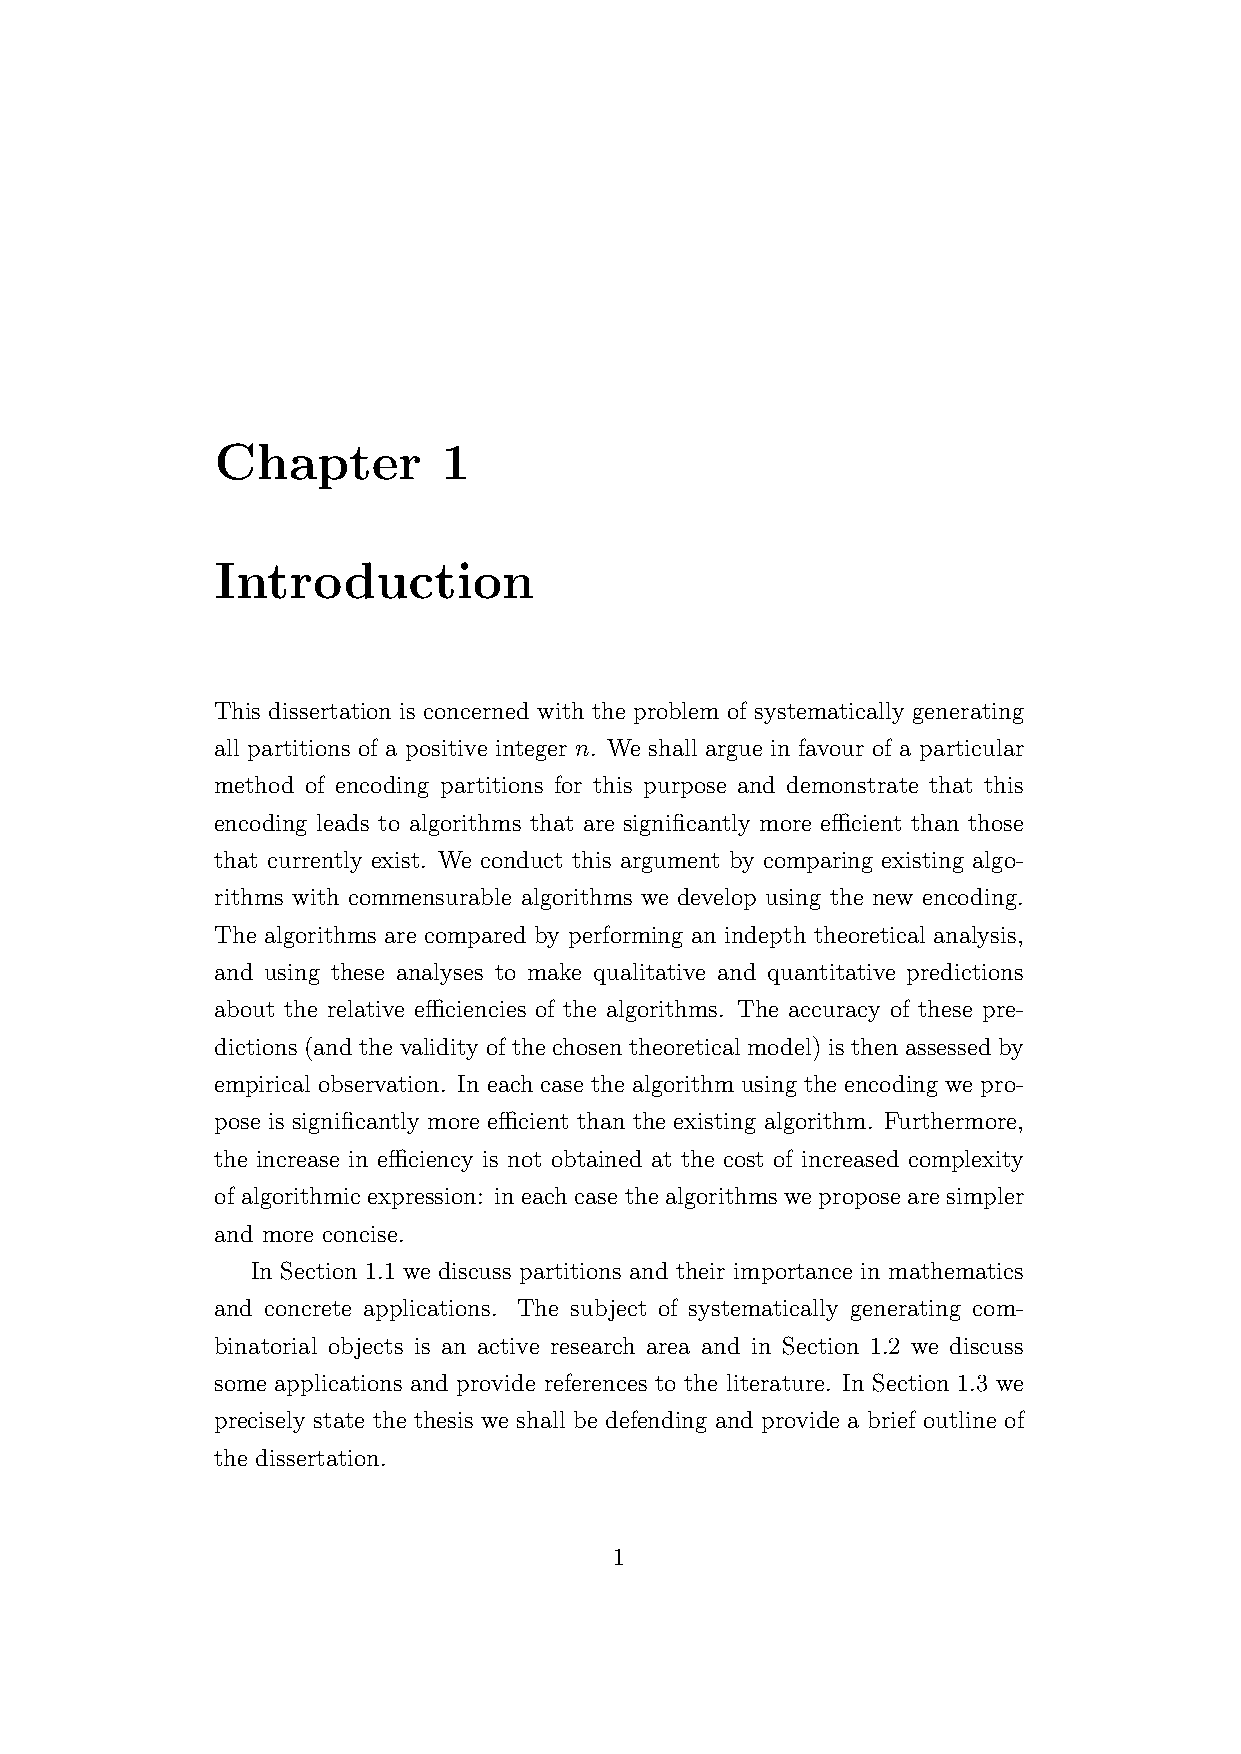
Chapter        1
 Introduction
 This dissertation is concerned with the problem of systematically generating
 all partitions of a positive integer n. We shall argue in favour of a particular
 method of encoding partitions for this purpose and demonstrate that this
 encoding leads to algorithms that are significantly more efficient than those
 that currently exist. We conduct this argument by comparing existing algo-
 rithms with commensurable algorithms we develop using the new encoding.
 The algorithms are compared by performing an indepth theoretical analysis,
 and using these analyses to make qualitative and quantitative predictions
 about the relative efficiencies of the algorithms. The accuracy of these pre-
 dictions (and the validity of the chosen theoretical model) is then assessed by
 empirical observation. In each case the algorithm using the encoding we pro-
 pose is significantly more efficient than the existing algorithm. Furthermore,
 the increase in efficiency is not obtained at the cost of increased complexity
 of algorithmic expression: in each case the algorithms we propose are simpler
 and more concise.
 In Section 1.1 we discuss partitions and their importance in mathematics
 and concrete applications. The subject of systematically generating com-
 binatorial objects is an active research area and in Section 1.2 we discuss
 some applications and provide references to the literature. In Section 1.3 we
 precisely state the thesis we shall be defending and provide a brief outline of
 the dissertation.
 1